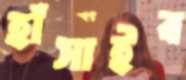
হাঁসাইব